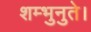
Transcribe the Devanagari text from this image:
शम्भुनुते।